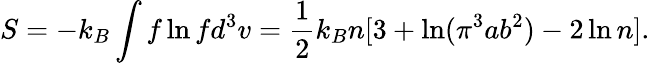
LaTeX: S=-k_{B}\int f\ln fd^{3}v=\frac{1}{2}k_{B}n[3+\ln(\pi^{3}ab^{2})-2\ln n].